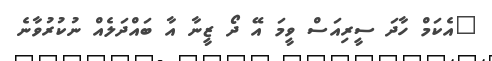
"އެކަމް ހާދަ ސީރިއަސް ވީމަ އޭ ދޯ ޒީނާ އާ ބައްދަލެއް ނުކުރުވާނެ